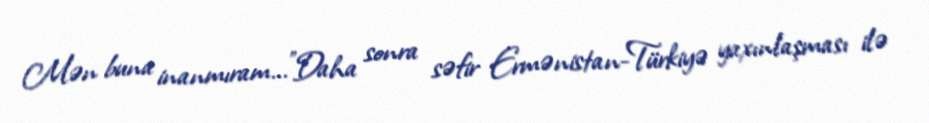
Mən buna inanmıram...”Daha sonra səfir Ermənistan-Türkiyə yaxınlaşması ilə